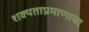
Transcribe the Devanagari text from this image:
शक्यताप्रमाणाचा